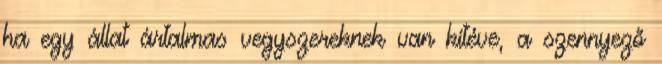
ha egy állat ártalmas vegyszereknek van kitéve, a szennyező